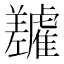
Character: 𬯷